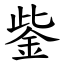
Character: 鈭